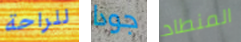
للراحة جودا المنطاد